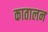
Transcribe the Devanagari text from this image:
कातालन